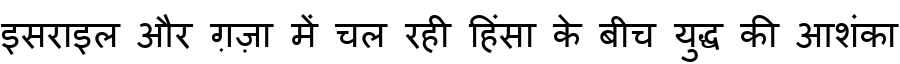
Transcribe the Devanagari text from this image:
इसराइल और ग़ज़ा में चल रही हिंसा के बीच युद्ध की आशंका